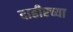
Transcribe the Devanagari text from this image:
दाहीरच्या